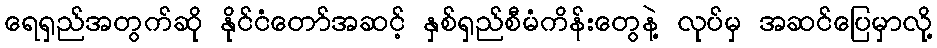
ရေရှည်အတွက်ဆို နိုင်ငံတော်အဆင့် နှစ်ရှည်စီမံကိန်းတွေနဲ့ လုပ်မှ အဆင်ပြေမှာလို့